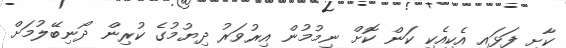
ކާށި ފަޅައި އެކިއެކި ކަން ކޮށް ނިމުމުން އިރުވަރު ދިޔުމުގެ ކުރިން ދޯނިބޭލުމަށް